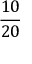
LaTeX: \frac { 1 0 } { 2 0 }